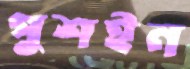
পুশইন